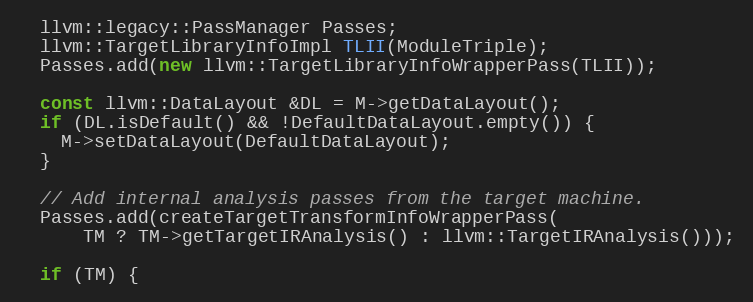
Language: C++
  llvm::legacy::PassManager Passes;
  llvm::TargetLibraryInfoImpl TLII(ModuleTriple);
  Passes.add(new llvm::TargetLibraryInfoWrapperPass(TLII));

  const llvm::DataLayout &DL = M->getDataLayout();
  if (DL.isDefault() && !DefaultDataLayout.empty()) {
    M->setDataLayout(DefaultDataLayout);
  }

  // Add internal analysis passes from the target machine.
  Passes.add(createTargetTransformInfoWrapperPass(
      TM ? TM->getTargetIRAnalysis() : llvm::TargetIRAnalysis()));

  if (TM) {